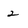
Character: 2